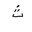
Letter: _tha